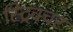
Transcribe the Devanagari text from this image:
स्ट्रिक्चर